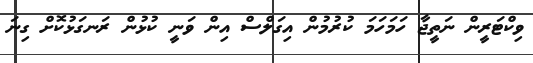
ވިކްޓަރީން ނަތީޖާ ހަމަހަމަ ކުރުމުން އިގަލްސް އިން ވަނީ ކުޅުން ރަނގަޅުކޮށް ގިނަ